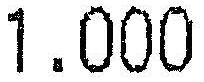
1.000